65_HS1-834228961_62-HQ-83894_Serial_164
Agency: FBI
Page 61
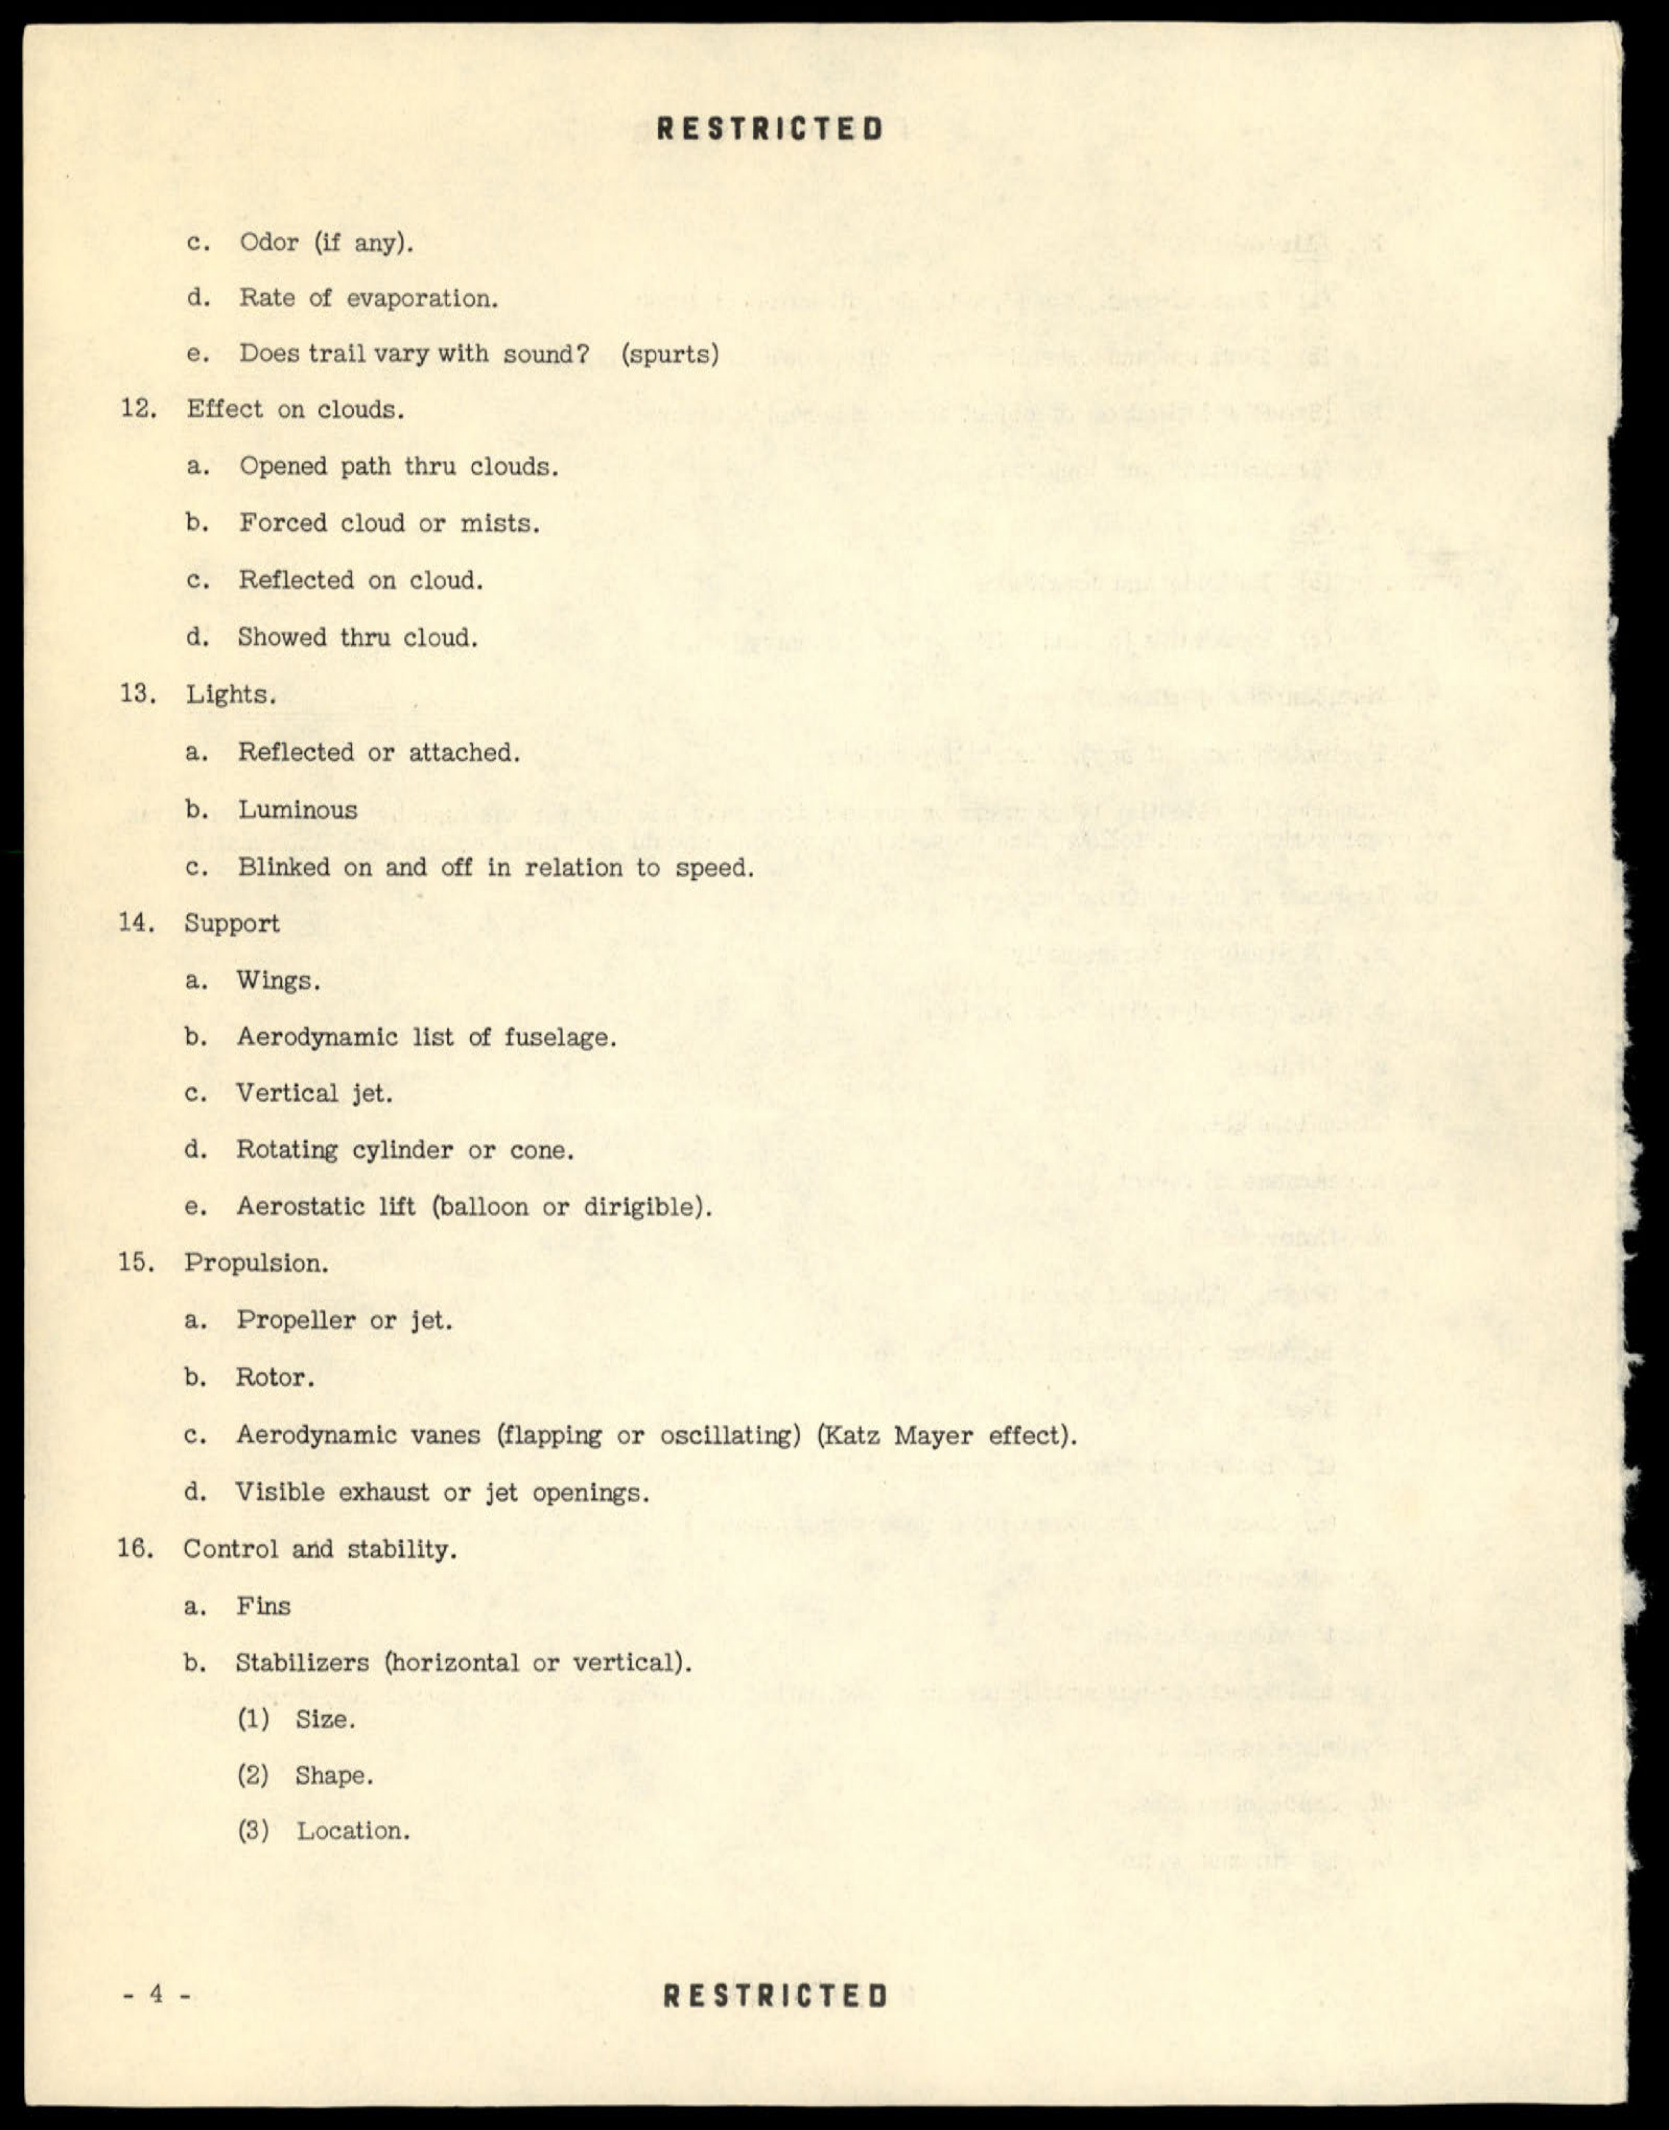